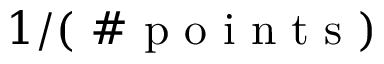
1 / ( \mathrm { ~ \# ~ p ~ o ~ i ~ n ~ t ~ s ~ } )